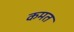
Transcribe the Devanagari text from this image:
कमत